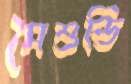
মৈশুন্ডি